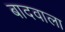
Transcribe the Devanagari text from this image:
बादवाला